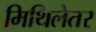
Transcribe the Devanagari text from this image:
मिथिलेतर